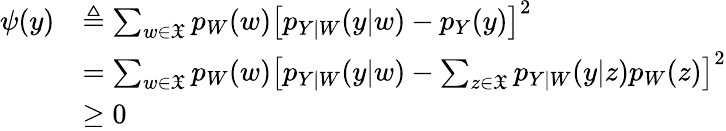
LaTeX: \begin{array}{rl}{\psi(y)}&{\triangleq\sum_{w\in\mathfrak{X}}p_{W}(w)\left[p_{Y|W}(y|w)-p_{Y}(y)\right]^{2}}\\ &{=\sum_{w\in\mathfrak{X}}p_{W}(w)\left[p_{Y|W}(y|w)-\sum_{z\in\mathfrak{X}}p_{Y|W}(y|z)p_{W}(z)\right]^{2}}\\ &{\ge 0}\end{array}